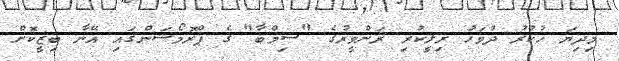
މިދިޔަ ހުކުރު ދުވަހު ރިލީކުރި ރަންވީރުގެ "ސިމްބާ" ގެ ޕްރޮމޯޝަންގައި އޭނާ ބިޒީކޮށް